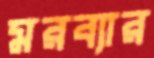
মরব্যার